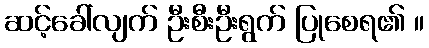
ဆင့်ခေါ်လျက် ဦးစီးဦးရွက် ပြုစေရ၏ ။